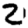
Digit: 2